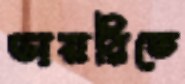
ডায়রিতে